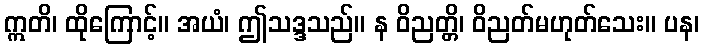
ဣတိ၊ ထိုကြောင့်။ အယံ၊ ဤသဒ္ဒသည်။ န ဝိညတ္တိ၊ ဝိညတ်မဟုတ်သေး။ ပန၊